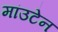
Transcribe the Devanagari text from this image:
मांउटेन